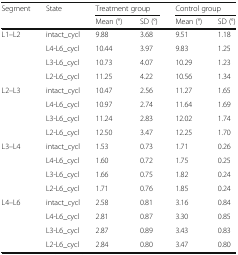
<table><thead><tr><td rowspan="2"><b>Segment</b></td><td rowspan="2"><b>State</b></td><td colspan="2"><b>Treatment group</b></td><td colspan="2"><b>Control group</b></td></tr><tr><td><b>Mean (°)</b></td><td><b>SD (°)</b></td><td><b>Mean (°)</b></td><td><b>SD (°)</b></td></tr></thead><tbody><tr><td rowspan="4">L1–L2</td><td>intact_cycl</td><td>9.88</td><td>3.68</td><td>9.51</td><td>1.18</td></tr><tr><td>L4-L6_cycl</td><td>10.44</td><td>3.97</td><td>9.83</td><td>1.25</td></tr><tr><td>L3-L6_cycl</td><td>10.73</td><td>4.07</td><td>10.29</td><td>1.23</td></tr><tr><td>L2-L6_cycl</td><td>11.25</td><td>4.22</td><td>10.56</td><td>1.34</td></tr><tr><td rowspan="4">L2–L3</td><td>intact_cycl</td><td>10.47</td><td>2.56</td><td>11.27</td><td>1.65</td></tr><tr><td>L4-L6_cycl</td><td>10.97</td><td>2.74</td><td>11.64</td><td>1.69</td></tr><tr><td>L3-L6_cycl</td><td>11.24</td><td>2.83</td><td>12.02</td><td>1.74</td></tr><tr><td>L2-L6_cycl</td><td>12.50</td><td>3.47</td><td>12.25</td><td>1.70</td></tr><tr><td rowspan="4">L3–L4</td><td>intact_cycl</td><td>1.53</td><td>0.73</td><td>1.71</td><td>0.26</td></tr><tr><td>L4-L6_cycl</td><td>1.60</td><td>0.72</td><td>1.75</td><td>0.25</td></tr><tr><td>L3-L6_cycl</td><td>1.66</td><td>0.75</td><td>1.82</td><td>0.24</td></tr><tr><td>L2-L6_cycl</td><td>1.71</td><td>0.76</td><td>1.85</td><td>0.24</td></tr><tr><td rowspan="4">L4–L6</td><td>intact_cycl</td><td>2.58</td><td>0.81</td><td>3.16</td><td>0.84</td></tr><tr><td>L4-L6_cycl</td><td>2.81</td><td>0.87</td><td>3.30</td><td>0.85</td></tr><tr><td>L3-L6_cycl</td><td>2.87</td><td>0.89</td><td>3.43</td><td>0.83</td></tr><tr><td>L2-L6_cycl</td><td>2.84</td><td>0.80</td><td>3.47</td><td>0.80</td></tr></tbody></table>